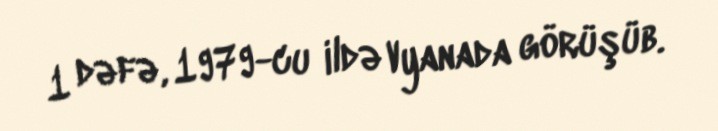
1 dəfə, 1979-cu ildə Vyanada görüşüb.